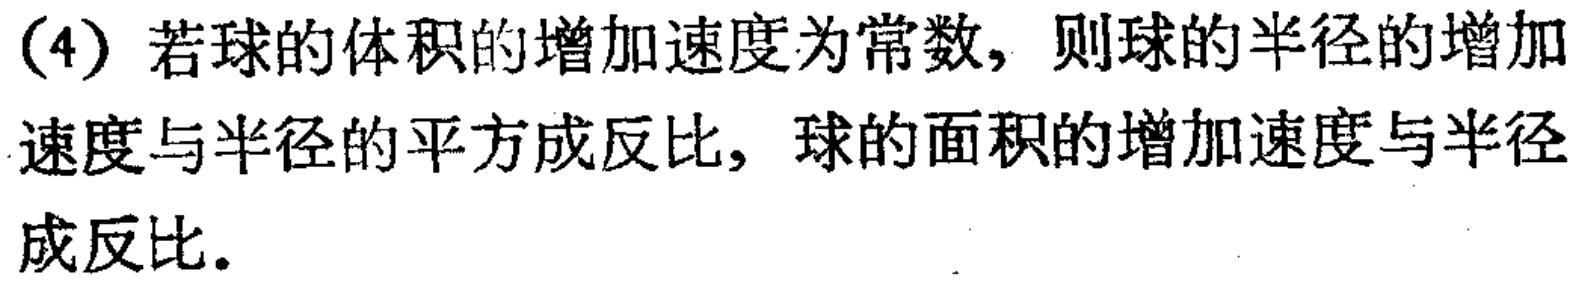
(4) 若球的体积的增加速度为常数，则球的半径的增加速度与半径的平方成反比，球的面积的增加速度与半径成反比。